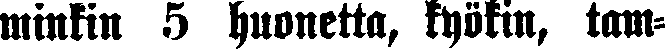
minkin 5 huonetta, kyökin, tam-